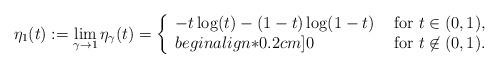
LaTeX: \begin{align*}\eta_1(t) := \lim_{\gamma\to1} \eta_\gamma(t) = \left\{\begin{array}{ll} -t \log(t) -(1-t)\log(1-t)& \mbox{ for } t\in(0,1),\\begin{align*}0.2cm]0& \mbox{ for }t\not\in(0,1).\end{array}\right.\end{align*}